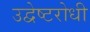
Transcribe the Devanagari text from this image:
उद्वेष्टरोधी